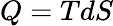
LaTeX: Q=TdS